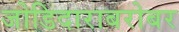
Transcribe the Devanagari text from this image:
जोडिदाराबरोबर